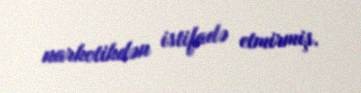
narkotikdən istifadə etmirmiş.